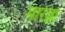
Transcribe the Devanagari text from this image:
मारेव्ना